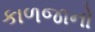
કાળજાનો